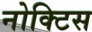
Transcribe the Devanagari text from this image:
नोक्टिस